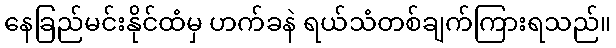
နေခြည်မင်းနိုင်ထံမှ ဟက်ခနဲ ရယ်သံတစ်ချက်ကြားရသည်။